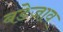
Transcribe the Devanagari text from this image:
बडेजाव